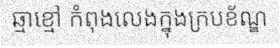
ឆ្មាខ្មៅ កំពុងលេងក្នុងក្របខ័ណ្ឌ